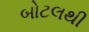
બોટલથી